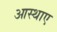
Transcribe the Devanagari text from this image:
आस्थाए